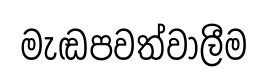
මැඬපවත්වාලීම